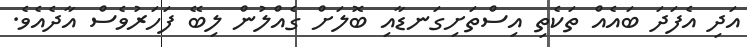
އަދި އެފަދަ ބައެއް ތަކެތި އިސްތަށިގަނޑާއި ބޮލަށް ގެއްލުން ލިބޭ ފަހަރުވެސް އާދެއެވެ.